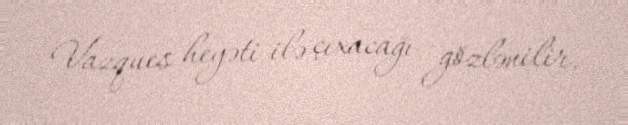
Vazques heyəti ilə çıxacağı gözlənilir.